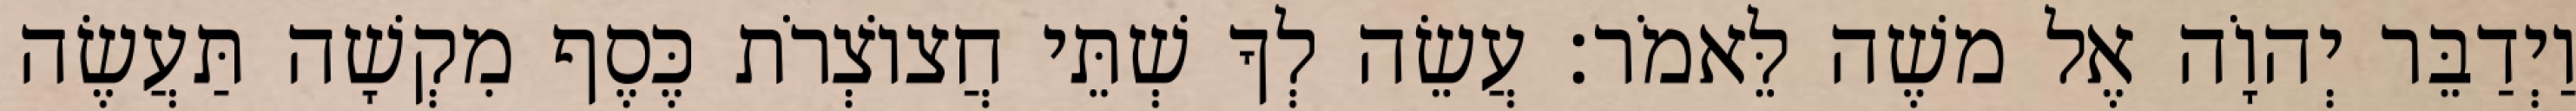
וַיְדַבֵּר יְהוָֹה אֶל משֶׁה לֵּאמֹר׃ עֲשֵׂה לְךָ שְׁתֵּי חֲצוֹצְרֹת כֶּסֶף מִקְשָׁה תַּעֲשֶׂה